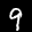
Label: 9